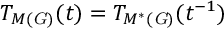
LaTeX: T _ { M ( \mathit { G ) } } ( t ) = T _ { M ^ { \ast } ( \mathit { G ) } } ( t ^ { - 1 } )